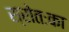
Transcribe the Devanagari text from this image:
स्रोतःका